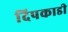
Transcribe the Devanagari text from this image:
दिपकाडी